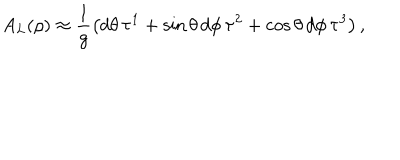
LaTeX: A _ { L } ( \rho ) \approx \frac { 1 } { g } \left( d \theta \, \tau ^ { 1 } + \sin \theta \, d \phi \, \tau ^ { 2 } + \cos \theta \, d \phi \, \tau ^ { 3 } \right) ,